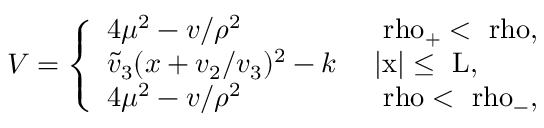
V = \left\{ \begin{array} { l l } { { 4 \mu ^ { 2 } - v / \rho ^ { 2 } } } & { { \mathrm { ~ \ r h o _ { + } < \ r h o , ~ } } } \\ { { \tilde { v } _ { 3 } ( x + v _ { 2 } / v _ { 3 } ) ^ { 2 } - k } } & { { \mathrm { ~ | x | \leq ~ L , ~ } } } \\ { { 4 \mu ^ { 2 } - v / \rho ^ { 2 } } } & { { \mathrm { ~ \ r h o < \ r h o _ { - } , ~ } } } \end{array} \right.